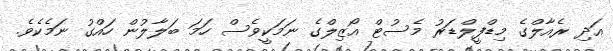
އަދި ރެއާލްގެ މިޑްފީލްޑަރު މެސުޓް އޯޒިލްގެ ނަމަކީވެސް ހަމަ ބަލާލުން ހައްގު ނަމެކެވެ.